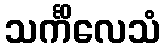
သင်္ကိလေသံ